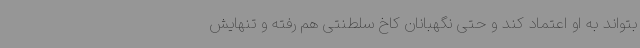
بتواند به او اعتماد کند و حتی نگهبانان کاخ سلطنتی هم رفته و تنهایش